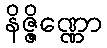
နိဇ္ဇိဏ္ဏော